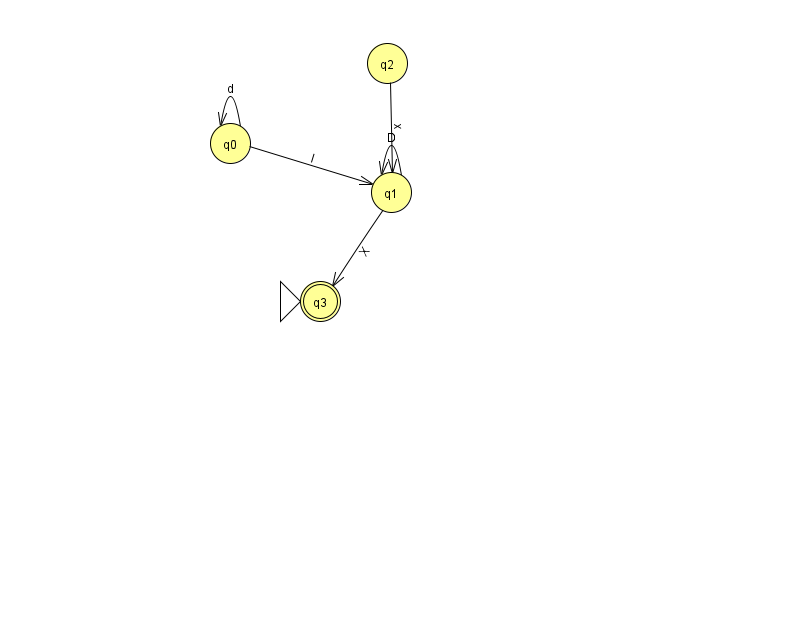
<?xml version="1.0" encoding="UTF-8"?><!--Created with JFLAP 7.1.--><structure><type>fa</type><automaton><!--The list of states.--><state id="0" name="q0"><x>230.0</x><y>130.0</y></state><state id="1" name="q1"><x>391.0</x><y>179.0</y></state><state id="2" name="q2"><x>387.0</x><y>50.0</y></state><state id="3" name="q3"><x>320.0</x><y>288.0</y><initial/><final/></state><!--The list of transitions.--><transition><from>0</from><to>0</to><read>d</read></transition><transition><from>1</from><to>1</to><read>D</read></transition><transition><from>0</from><to>1</to><read>I</read></transition><transition><from>1</from><to>3</to><read>X</read></transition><transition><from>2</from><to>1</to><read>x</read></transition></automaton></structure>